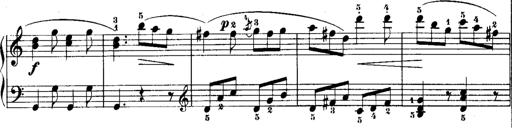
Title: Rondos and Sonatinas for Pianoforte
Composer: Daniel Steibelt